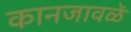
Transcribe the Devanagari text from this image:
कानजावळें